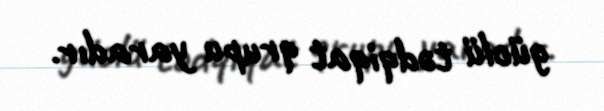
güclü tədqiqat qrupu yaradır.